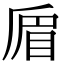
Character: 𠪃